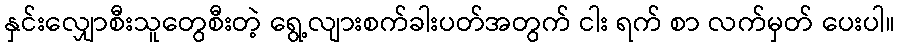
နှင်းလျှောစီးသူတွေစီးတဲ့ ရွေ့လျားစက်ခါးပတ်အတွက် ငါး ရက် စာ လက်မှတ် ပေးပါ။